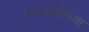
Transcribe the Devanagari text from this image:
राजापर्यंतच्या